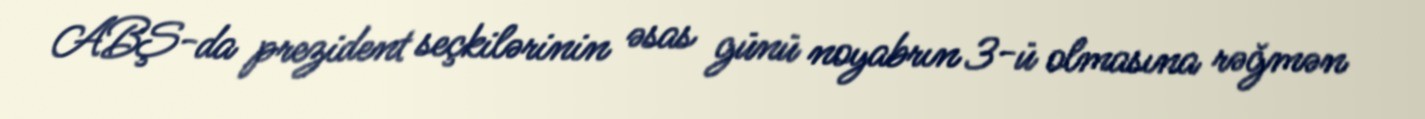
ABŞ-da prezident seçkilərinin əsas günü noyabrın 3-ü olmasına rəğmən